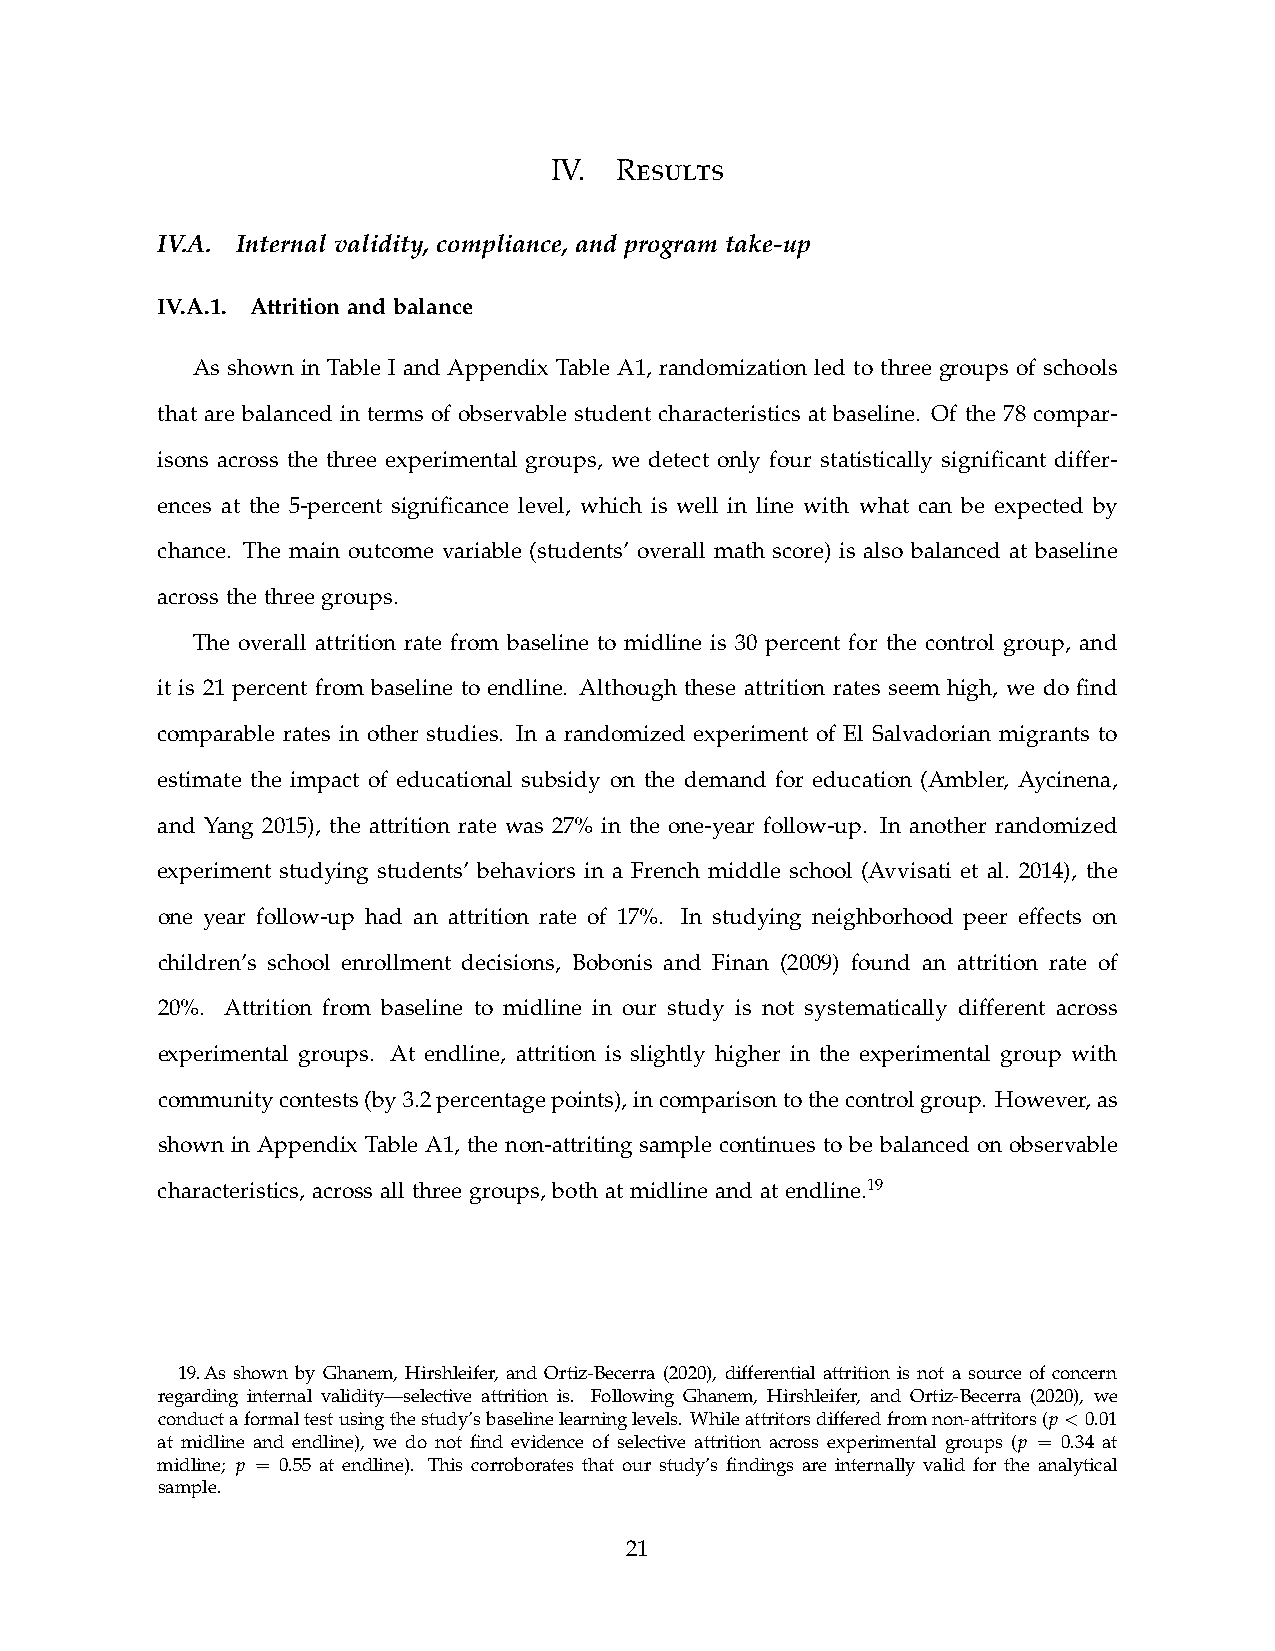
esults
 IV.  R
 IV.A. Internal validity, compliance, and program take-up
 IV.A.1. Attrition and balance
 As shown in Table I and Appendix Table A1, randomization led to three groups of schools
 that are balanced in terms of observable student characteristics at baseline. Of the 78 compar-
 isons across the three experimental groups, we detect only four statistically signifcant differ-
 ences at the 5-percent signifcance level, which is well in line with what can be expected by
 chance. The main outcome variable (students’ overall math score) is also balanced at baseline
 across the three groups.
 The overall attrition rate from baseline to midline is 30 percent for the control group, and
 it is 21 percent from baseline to endline. Although these attrition rates seem high, we do fnd
 comparable rates in other studies. In a randomized experiment of El Salvadorian migrants to
 estimate the impact of educational subsidy on the demand for education (Ambler, Aycinena,
 and Yang 2015), the attrition rate was 27% in the one-year follow-up. In another randomized
 experiment studying students’ behaviors in a French middle school (Avvisati et al. 2014), the
 one year follow-up had an attrition rate of 17%. In studying neighborhood peer effects on
 children’s school enrollment decisions, Bobonis and Finan (2009) found an attrition rate of
 20%. Attrition from baseline to midline in our study is not systematically different across
 experimental groups. At endline, attrition is slightly higher in the experimental group with
 community contests (by 3.2 percentage points), in comparison to the control group. However, as
 shown in Appendix Table A1, the non-attriting sample continues to be balanced on observable
 characteristics, across all three groups, both at midline and at endline.19
 19. As shown by Ghanem, Hirshleifer, and Ortiz-Becerra (2020), differential attrition is not a source of concern
 regarding internal validity—selective attrition is. Following Ghanem, Hirshleifer, and Ortiz-Becerra (2020), we
 conduct a formal test using the study’s baseline learning levels. While attritors differed from non-attritors (p < 0.01
 at midline and endline), we do not fnd evidence of selective attrition across experimental groups (p = 0.34 at
 midline; p = 0.55 at endline). This corroborates that our study’s fndings are internally valid for the analytical
 sample.
 21